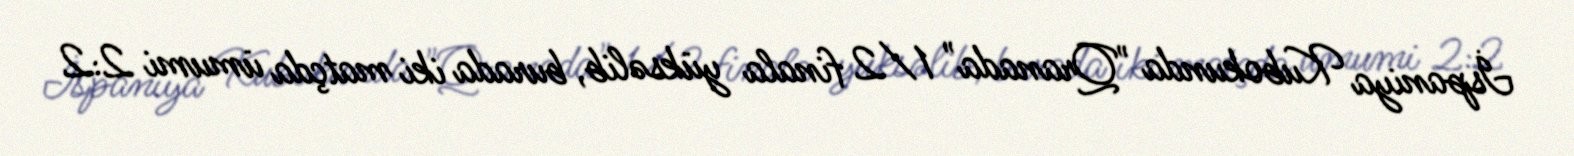
İspaniya Kubokunda "Qranada" 1/2 finala yüksəlib, burada iki matçda ümumi 2:2